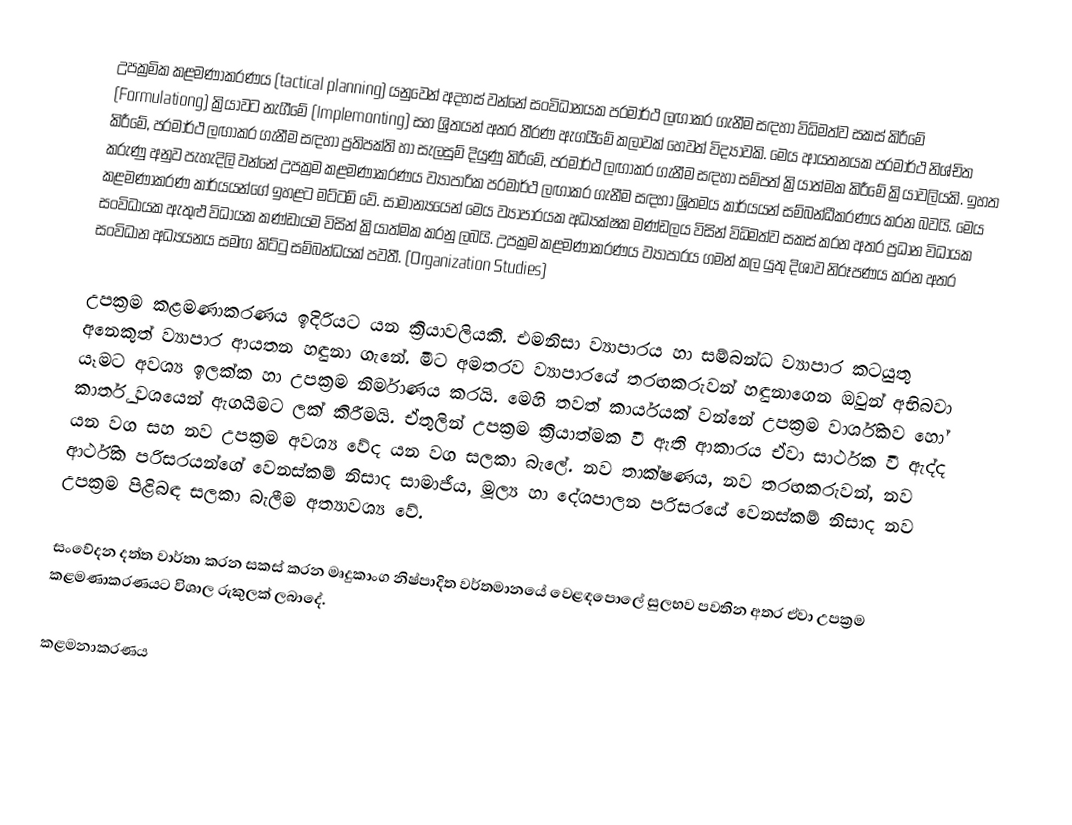
උපක්‍රමික කළමණාකරණය (tactical planning) යනුවෙන් අදහස් වන්නේ සංවිධානයක පරමාර්ථ ලඟාකර ගැනීම සඳහා විධිමත්ව සකස් කිරීමේ (Formulationg) ක්‍රියාවට නැගීමේ (Implemonting) සහ ශ්‍රිතයන් අතර තීරණ ඇගයීමේ කලාවක්‍ හෙවත් විද්‍යාවකි.  මෙය ආයතනයක පරමාර්ථ නිශ්චිත කිරීමේ, පරමාර්ථ ලඟාකර ගැනීම සඳහා ප්‍රතිපක්ති හා සැලසුම් දියුණු කිරීමේ, පරමාර්ථ ලඟාකර ගැනීම සඳහා සම්පත් ක්‍රියාත්මක කිරීමේ ක්‍රියාවලියකි‍.  ඉහත කරුණු අනුව පැහැදිලි වන්නේ උපක්‍රම කළමණාකරණය ව්‍යාපාරික පරමාර්ථ ලඟාකර ගැනීම සඳහා ශ්‍රිතමය කාර්යයන් සම්බන්ධීකරණය කරන බවයි.  මෙය කළමණාකරණ කාර්යයන්ගේ ඉහළට මට්ටම් වේ. සාමාන්‍යයෙන් මෙය ව්‍යාපාරයක අධ්‍යක්ෂක මණ්ඩලය විසින් විධිමත්ව සකස් කරන අතර ප්‍රධාන විධායක සංවිධායක ඇතුළු විධායක කණ්ඩායම විසින් ක්‍රියාත්මක කරනු ලබයි.  උපක්‍රම කළමණාකරණය ව්‍යාපාරය ගමන් කල යුතු දිශාව නිරූපණය කරන අතර සංවිධාන අධ්‍යයනය සමඟ කිට්ටු සම්බන්ධයක් පවතී. (Organization Studies)

උපක්‍රම කළමණාකරණය ඉදිරියට යන ක්‍රියාවලියකි.  එමනිසා ව්‍යාපාරය හා සම්බන්ධ ව්‍යාපාර කටයුතු අනෙකුත් ව්‍යාපාර ආයතන හඳුනා ගැනේ.  මීට අමතරව ව්‍යාපාරයේ තරඟකරුවන් හඳුනාගෙන ඔවුන් අභිබවා යෑමට අවශ්‍ය ඉලක්ක හා උපක්‍රම නිර්මාණය කරයි.  මෙහි තවත් කාර්යයක් වන්නේ උපක්‍රම වාර්ශිකව හෝ කාර්තු වශයෙන් ඇගයීමට ලක් කිරීමයි.  ඒතුලින් උපක්‍රම ක්‍රියාත්මක වී ඇති ආකාරය ඒවා සාර්ථක වී ඇද්ද යන වග සහ නව උපක්‍රම අවශ්‍ය වේද යන වග සලකා බැලේ.  නව තාක්ෂණය, නව තරඟකරුවන්, නව ආර්ථික පරිසරයන්ගේ වෙනස්කම් නිසාද සාමාජීය, මූල්‍ය හා දේශපාලන පරිසරයේ වෙනස්කම් නිසාද නව උපක්‍රම පිළිබඳ සලකා බැලීම අත්‍යාවශ්‍ය වේ.

සංවේදන දත්ත වාර්තා කරන සකස් කරන මෘදුකාංග නිෂ්පාදිත වර්තමානයේ වෙළඳපොලේ සුලභව පවතින අතර ඒවා උපක්‍රම කළමණාකරණයට විශාල රුකුලක් ලබාදේ.

කළමනාකරණය